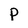
Character: P